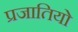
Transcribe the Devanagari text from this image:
प्रजातियो